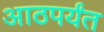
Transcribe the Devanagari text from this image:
आठपर्यंत